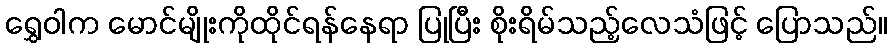
ရွှေဝါက မောင်မျိုးကိုထိုင်ရန်နေရာ ပြုပြီး စိုးရိမ်သည့်လေသံဖြင့် ပြောသည်။